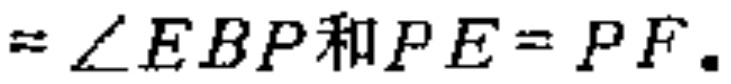
$=\angle EBP和PE = PF.$